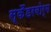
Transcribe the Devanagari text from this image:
स्कैंडरबोर्ग